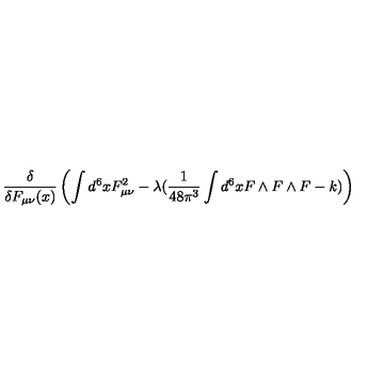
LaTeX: \frac { \delta } { \delta F _ { \mu \nu } ( x ) } \left( \int d ^ { 6 } x F _ { \mu \nu } ^ { 2 } - \lambda ( \frac { 1 } { 4 8 \pi ^ { 3 } } \int d ^ { 6 } x F \wedge F \wedge F - k ) \right)